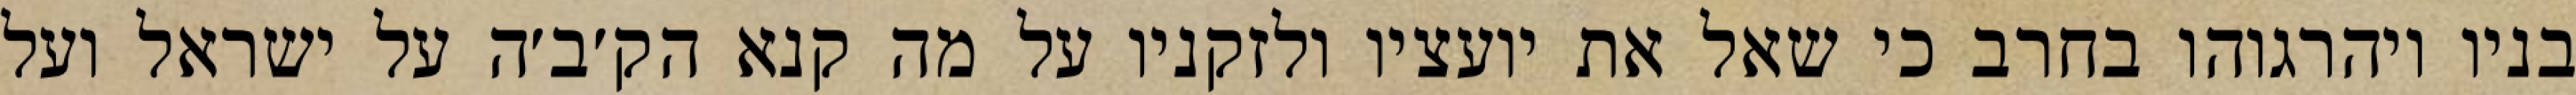
בניו ויהרגוהו בחרב כי שאל את יועציו ולזקניו על מה קנא הק׳ב׳ה על ישראל ועל